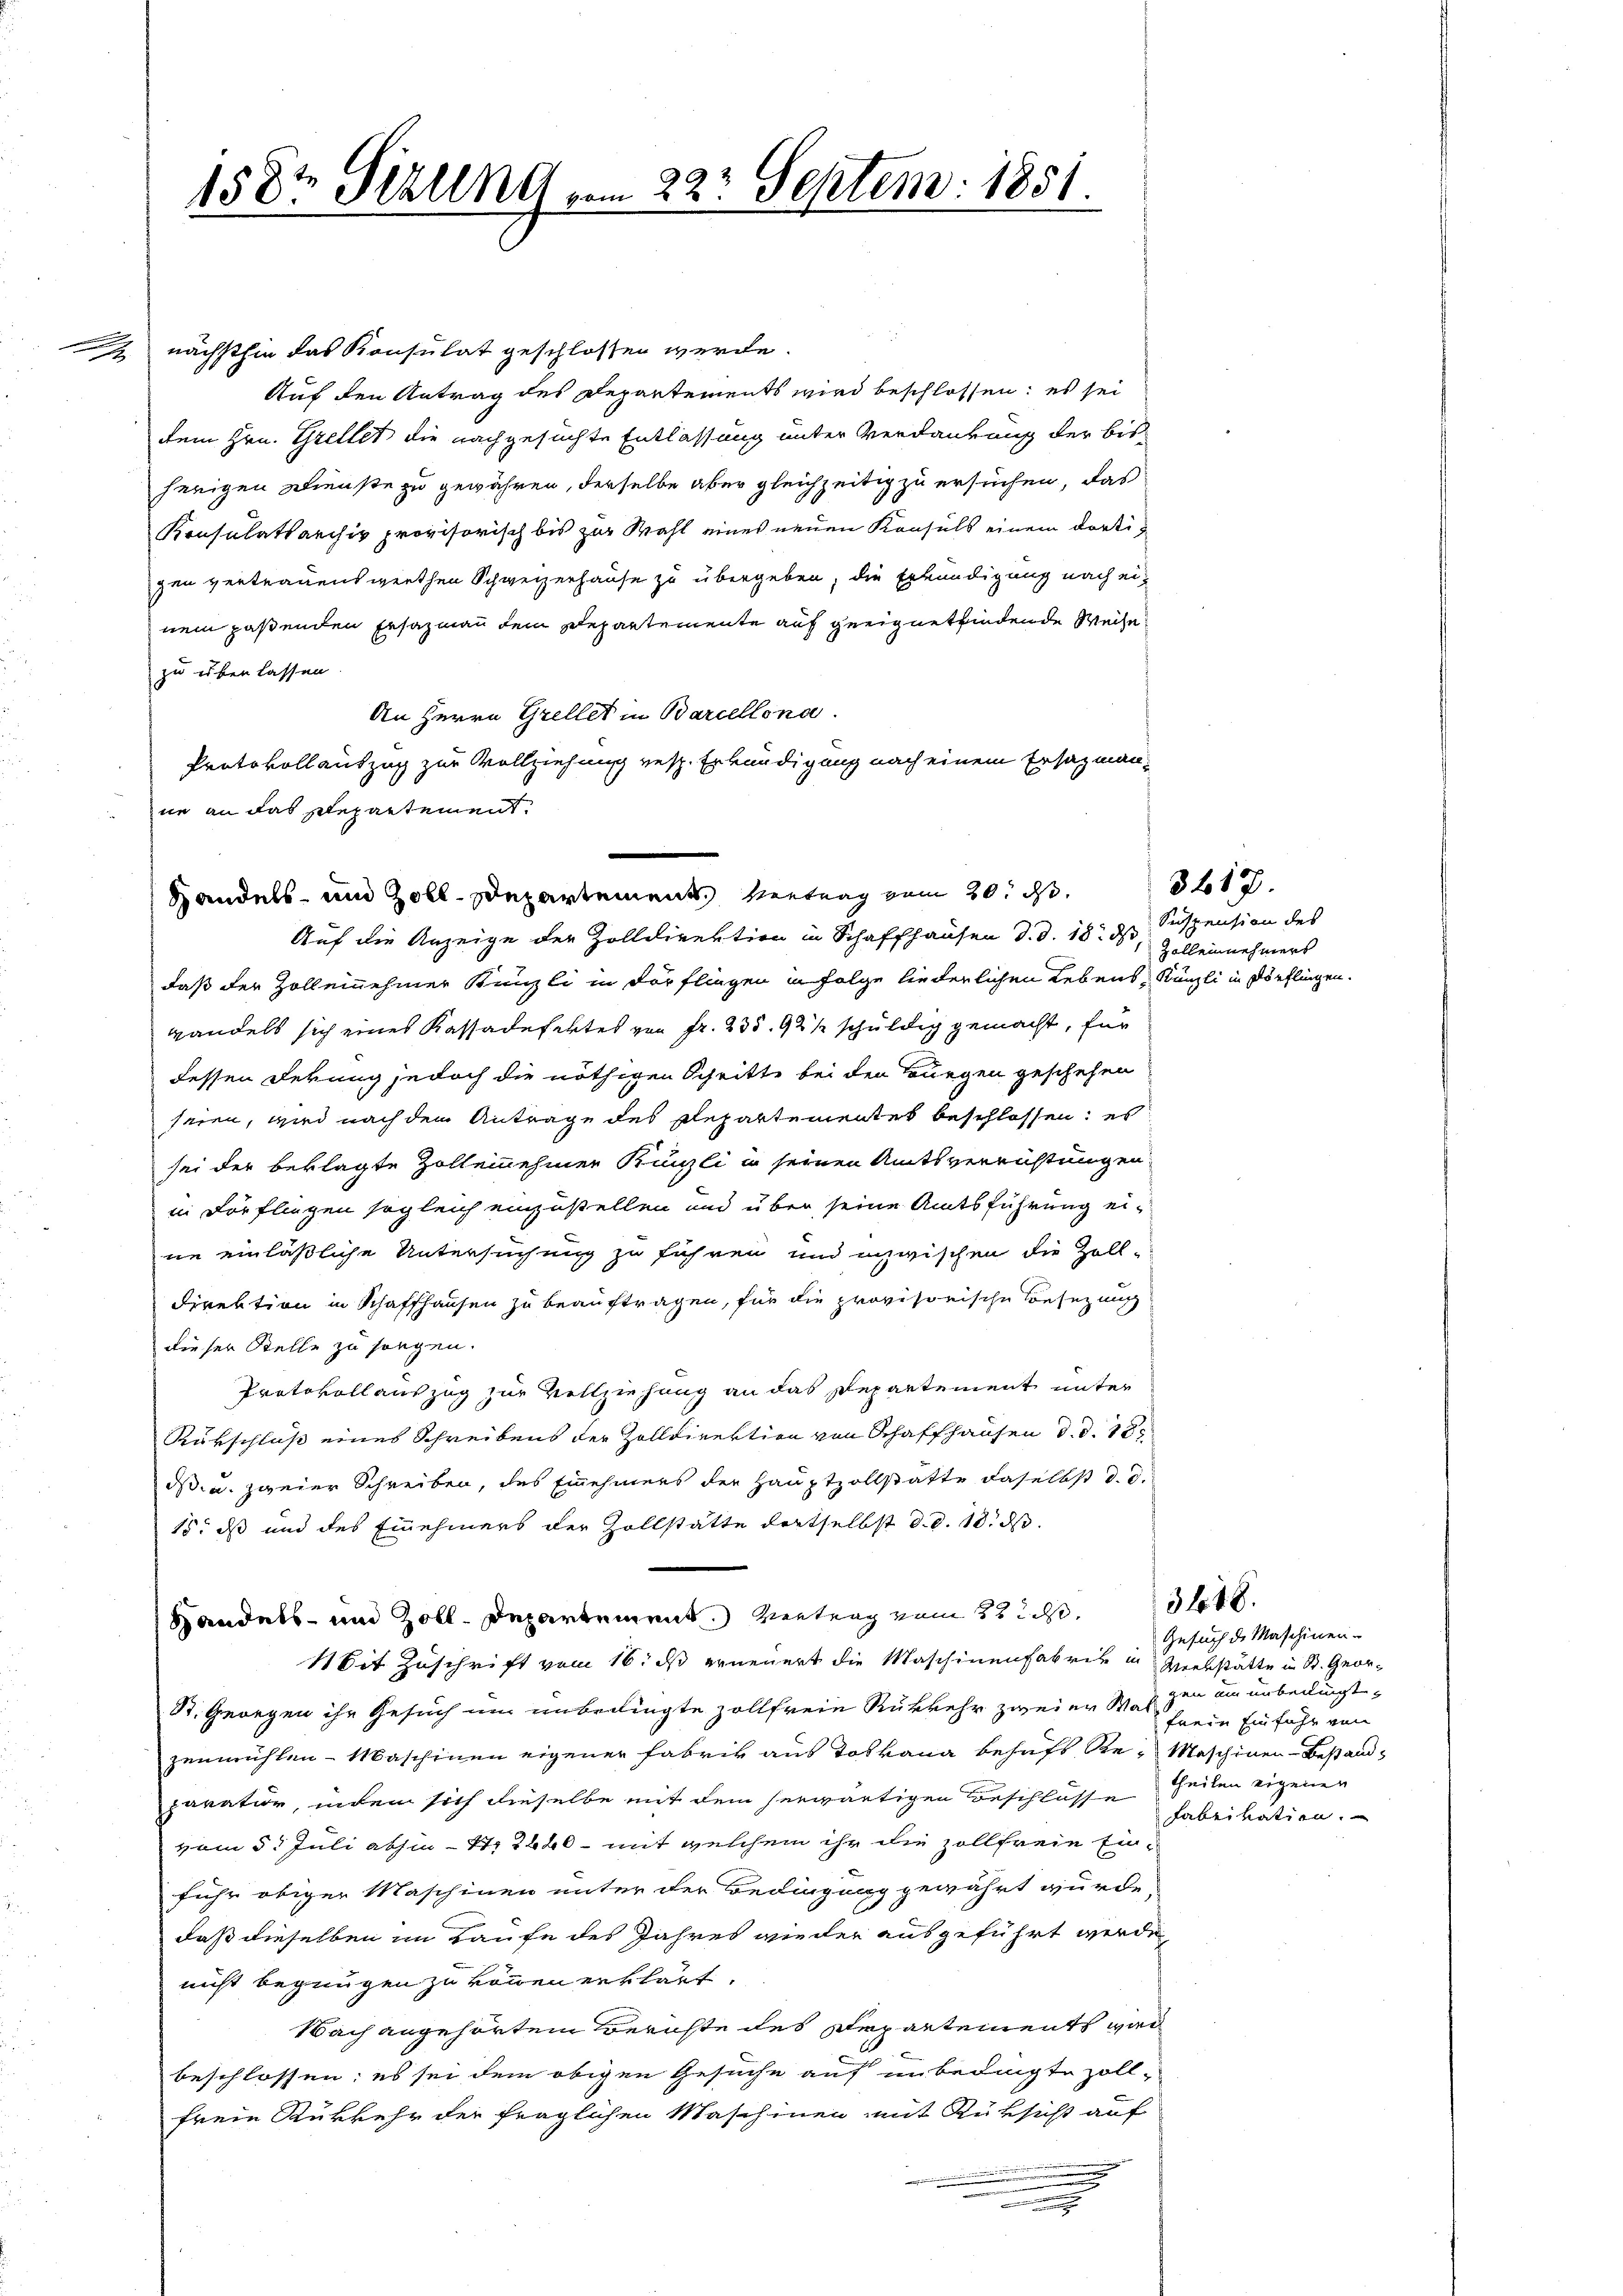
nächsthin das Konsulat geschlossen werde.
Auf den Antrag des Departements wird beschlossen; es sei
dem Hrn. Grellet die nachgesuchte Entlassung unter Verdankung der bisherigen Dienste zu gewähren, derselbe aber gleichzeitig zu ersuchen, das
Konsulatsarchiv provisorisch bis zur Wahl eines neuen Konsuls einem dortigen vertrauenswerthen Schweizerhause zu übergeben, die Erkundigung nach einem paßenden Ersazmann dem Departemente auf geeignet findende Weise
zu überlassen.
An Herrn Grellet in Barcellona.
Protokollauszug zur Vollziehung resp. Erkundigung nach einem Ersatzmann-
ne an das Departement.

1582 Sizung vom 22. Septem. 1851.

Handels- und Zoll-Departement Vertrag vom 20. ds.
Auf die Anzeige der Zolldirektion in Schaffhausen d. d. 18. d. Suspension des

daß der Zoll einnehmer Künzli in Dörflingen in Folge liederlichen Lebens Künzli in Dörflingen.
wandels sich eines Kassadefektes von Fr. 235. 92 ½ schuldig gemacht, für
dessen Febung jedoch die nöthigen Schritte bei den Burgen geschehen
seien, wird nach dem Antrage des Repartementek beschlossen; es
sei der beklagte Zollennehmer Künzli in seinen Amtsverrichtungen
in Dörflingen sogleich einzustellen und über seine Amtsführung eine einläßliche Untersuchung zu führen und inzwischen die Zoll-
Direktion in Schaffhausen zu beauftragen, für die provisorische Besetzung
dieser Stelle zu sorgen.
Protokollauszug zur Vollziehung an das Departement unter
Rutschluß eines Schreibens der Zolldirektion von Schaffhausen d. d. 18.
ds u. zweier Schreiben, des Einehmers der Hauptzollstatte daselbst d. d.
15. ds und des Einehmers der Zollstätte dortselbst d. d. 10. ds.
Handels- und Zoll. Departement. Vertrag vom 22. ds.
Mit Zuschrift vom 16. ds erneuert die Maschinenfabrik in Werkstätte in St. Geor¬
St. Georgen ihr Gesuch um unbedingte zollfreie Rükkehr zweier Walzen um unbedingt,
zenmühlen - Maschinen eigener Fabrik aus Toskana behufs Re- Maschiner-Bestand-
paration, indem sich dieselbe mit dem herwärtigen Beschlüsse heilen eigenen
vom 5. Juli abhin 1. 2640 - mit welchem ihr die zollfreie Ein-
fuhr obiger Maschinen unter der Bedingung gewährt würde,
daß dieselben im Laufe des Jahres wieder ausgeführt werde
nicht begnügen zu können erklärt.
Nach angehörtem Berichte des Departements war
beschlossen; es sei dem obigen Gesuche auf unbedingte Zollfreie Rükkehr der fraglichen Maschinen mit Rüksicht auf
i
.

Zollennehmers

3417.

3418.

Gesuch de Maschinen-
freie Einfuhr von
fabrikation.